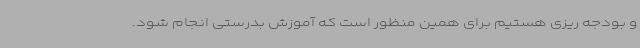
و بودجه ریزی هستیم برای همین منظور است که آموزش بدرستی انجام شود.